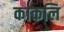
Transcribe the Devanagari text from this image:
काकलि